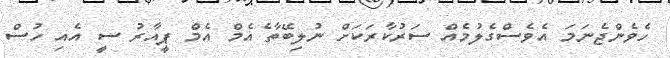
ހެވެންޖެނަމަ އެވެސްގެލުމެއް ސަރުކާރަކަށް ނުލިބޭތާ ެއެމް އެމް ޕީއާރު ސީ އެއި ހުސް